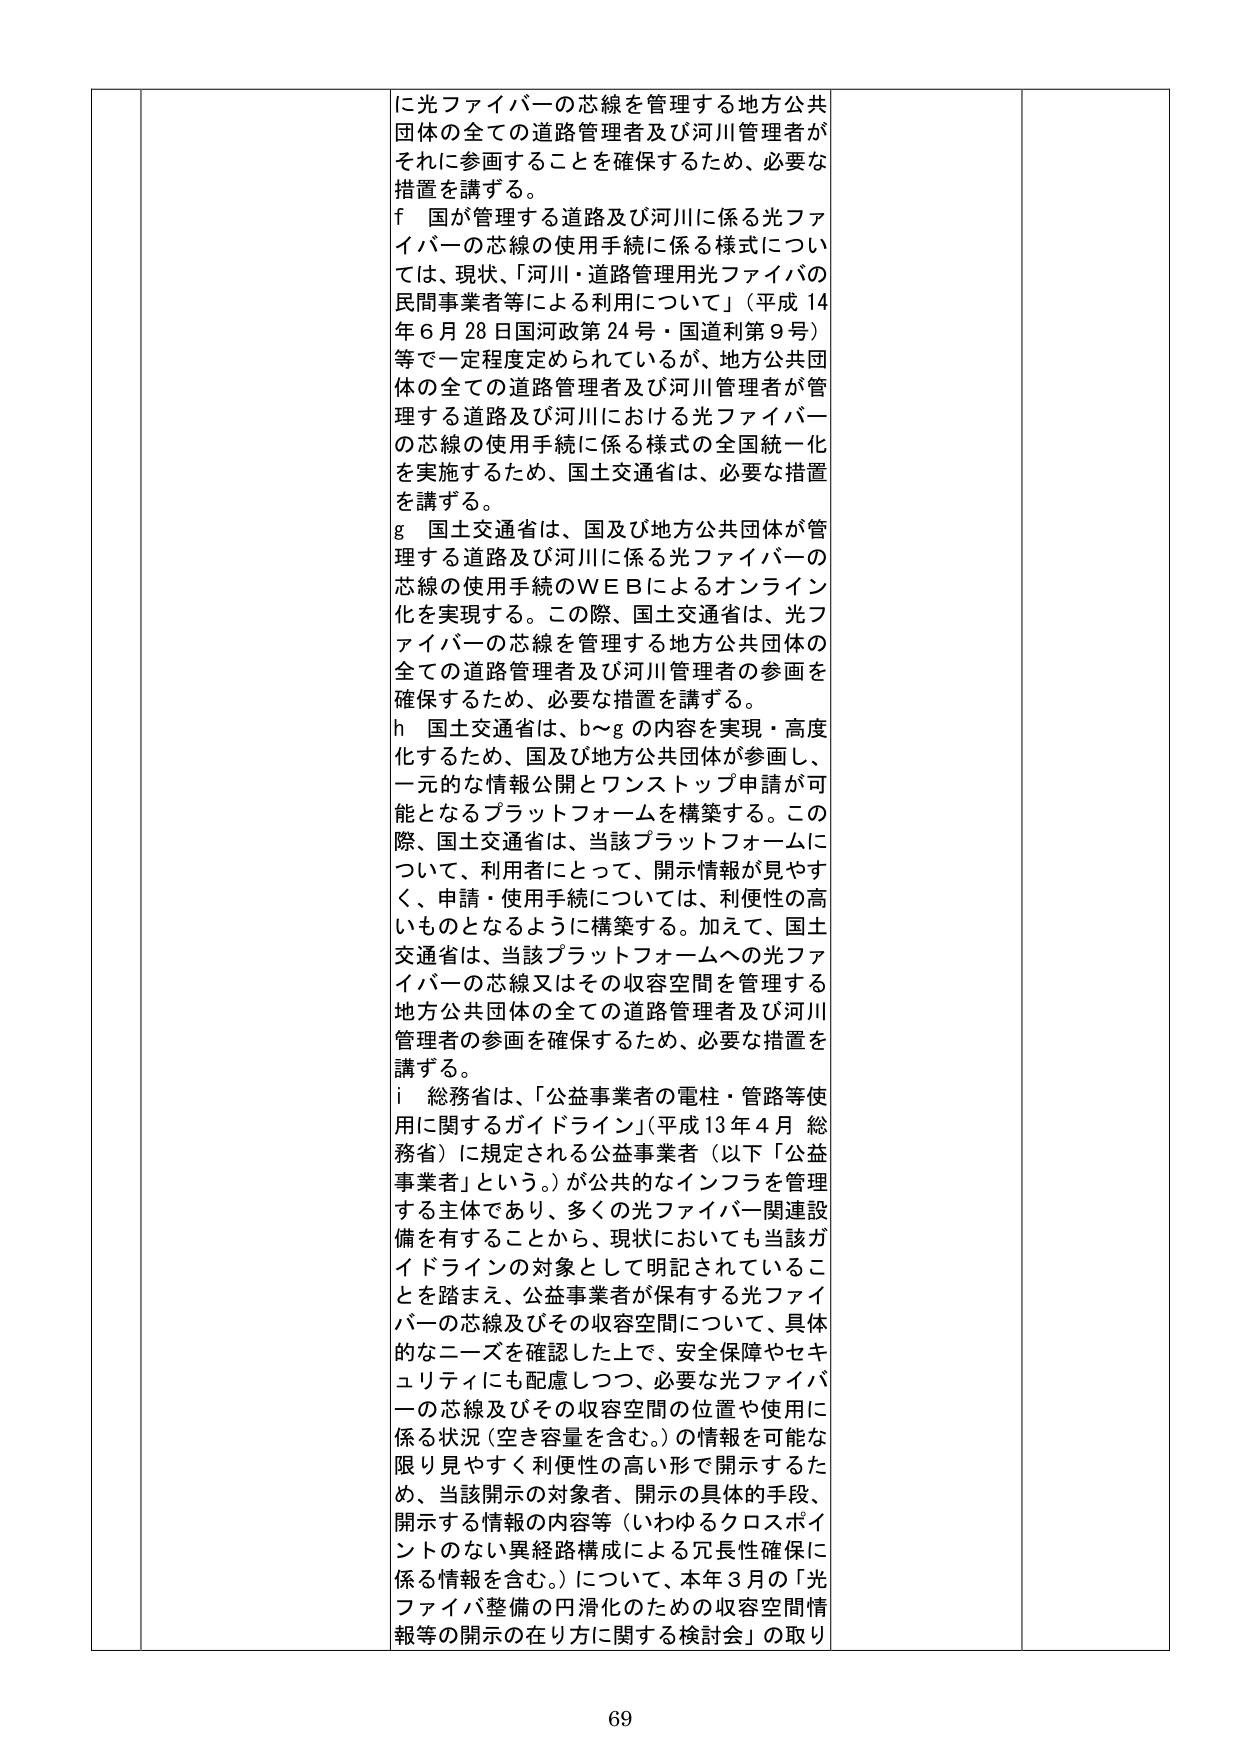
に光ファイバーの芯線を管理する地方公共団体の全ての道路管理者及び河川管理者がそれに参画することを確保するため、必要な措置を講ずる。

f 国が管理する道路及び河川に係る光ファイバーの芯線の使用手続に係る様式については、現状、「河川・道路管理用光ファイバーの民間事業者等による利用について」（平成14年6月28日国河政第24号・国道利第9号）等で一定程度定められているが、地方公共団体の全ての道路管理者及び河川管理者が管理する道路及び河川における光ファイバーの芯線の使用手続に係る様式の全国統一化を実施するため、国土交通省は、必要な措置を講ずる。

g 国土交通省は、国及び地方公共団体が管理する道路及び河川に係る光ファイバーの芯線の使用手続のＷＥＢによるオンライン化を実現する。この際、国土交通省は、光ファイバーの芯線を管理する地方公共団体の全ての道路管理者及び河川管理者の参画を確保するため、必要な措置を講ずる。

h 国土交通省は、b～gの内容を実現・高度化するため、国及び地方公共団体が参画し、一元的な情報公開とワンストップ申請が可能となるプラットフォームを構築する。この際、国土交通省は、当該プラットフォームについて、利用者にとって、開示情報が見やすく、申請・使用手続については、利便性の高いものとなるように構築する。加えて、国土交通省は、当該プラットフォームへの光ファイバーの芯線又はその収容空間を管理する地方公共団体の全ての道路管理者及び河川管理者の参画を確保するため、必要な措置を講ずる。

i 総務省は、「公益事業者の電柱・管路等使用に関するガイドライン」（平成13年4月 総務省）に規定される公益事業者（以下「公益事業者」という。）が公共的なインフラを管理する主体であり、多くの光ファイバー関連設備を有することから、現状においても当該ガイドラインの対象として明記されていることを踏まえ、公益事業者が保有する光ファイバーの芯線及びその収容空間について、具体的なニーズを確認した上で、安全保障やセキュリティにも配慮しつつ、必要な光ファイバーの芯線及びその収容空間の位置や使用に係る状況（空き容量を含む。）の情報を可能な限り見やすく利便性の高い形で開示するため、当該開示の対象者、開示の具体的手段、開示する情報の内容等（いわゆるクロスポイントのない異経路構成による冗長性確保に係る情報を含む。）について、本年3月の「光ファイバ整備の円滑化のための収容空間情報等の開示の在り方に関する検討会」の取り

69